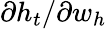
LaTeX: \partial h_{t}/\partial w_{h}